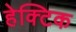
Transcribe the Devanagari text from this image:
हेक्टिक